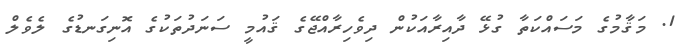
1. މަޤާމުގެ މަސައްކަތާ ގުޅޭ ދާއިރާއަކުން ދިވެހިރާއްޖޭގެ ޤައުމީ ސަނަދުތަކުގެ އޮނިގަނޑުގެ ލެވެލް